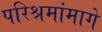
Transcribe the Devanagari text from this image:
परिश्रमांमागे